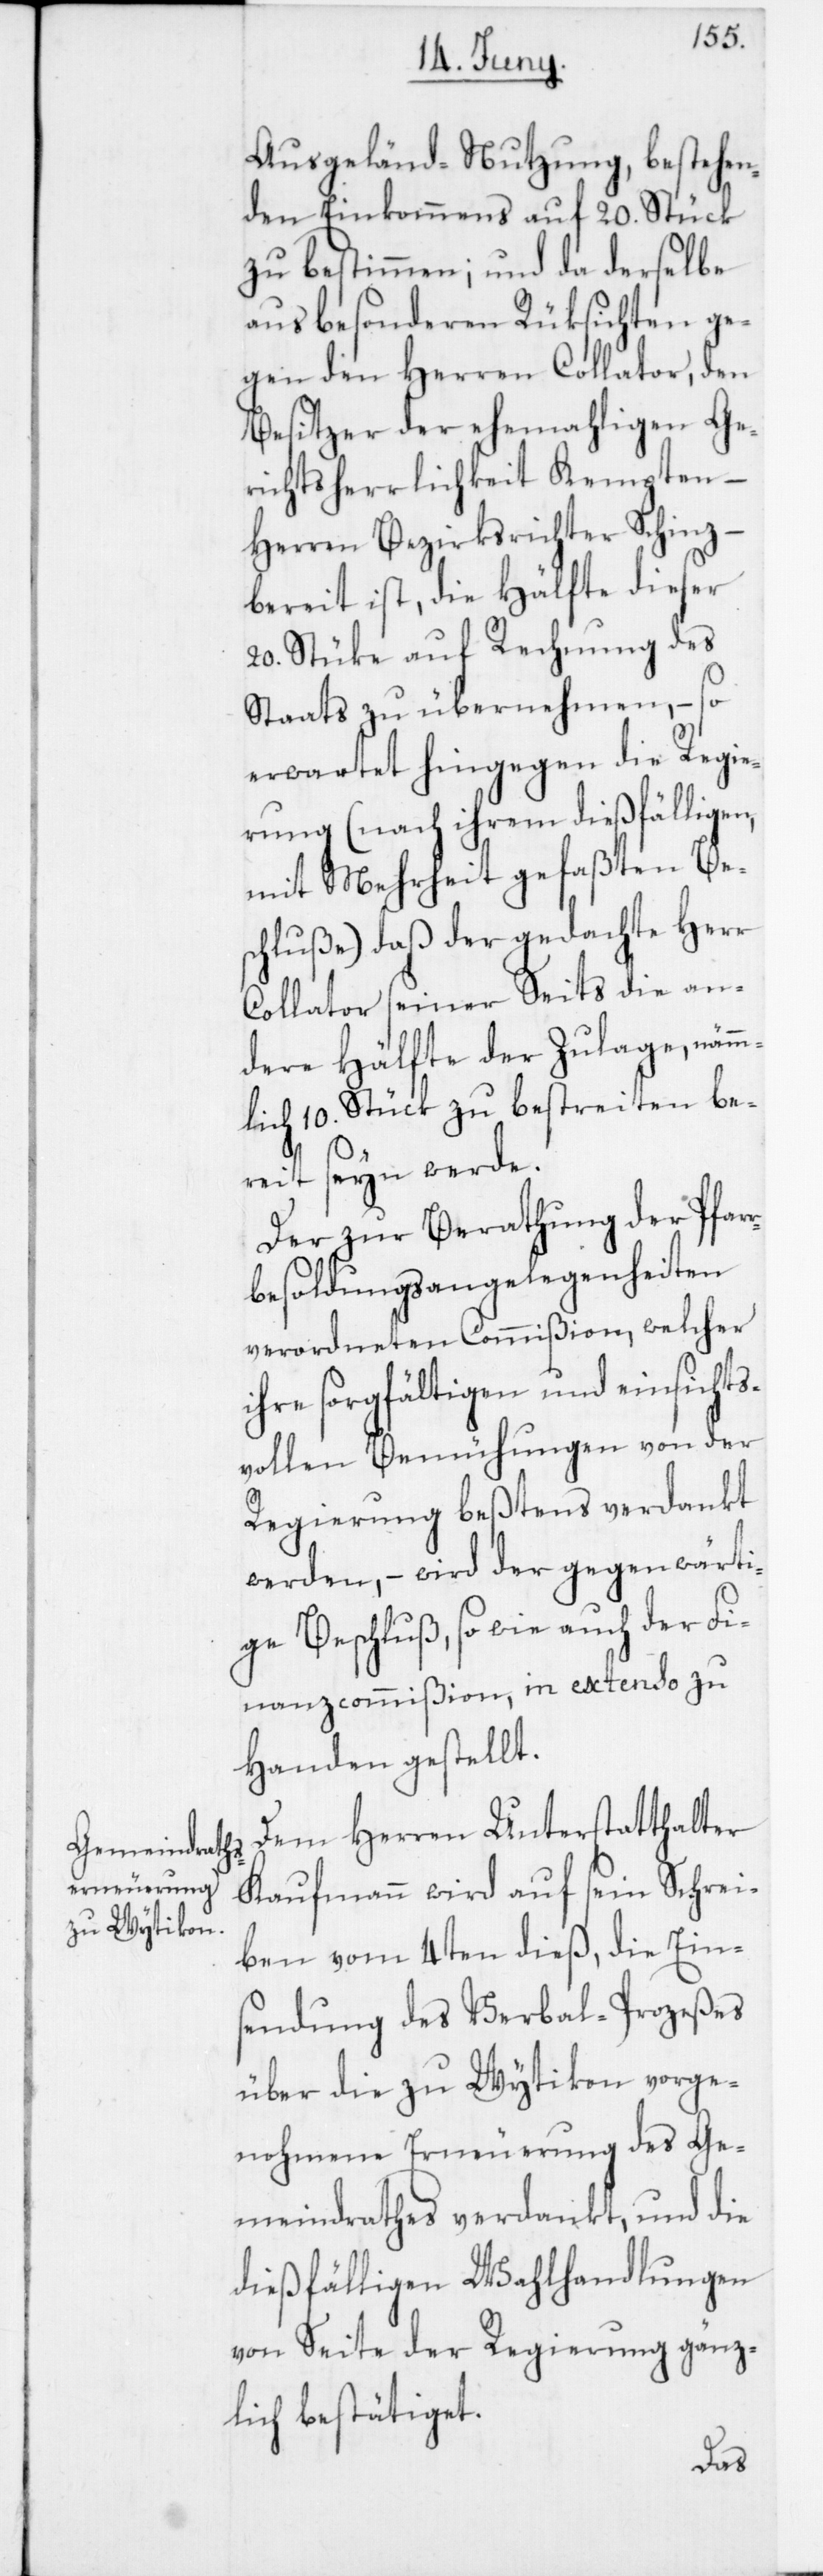
Ausgeländ-Nutzung bestehen¬
den Einkommens auf 20. Stück
zu bestimmen, und da derselbe
aus besonderen Rüksichten ge¬
gen den Herren Collator, den
Besitzer der ehemahligen Ge¬
richtsherrlichkeit Kempten,
Herren Bezirksrichter Schinz –
bereit ist, die Hälfte dieser
20. Stüke auf Rechnung des
Staats zu übernehmen, – so
erwartet hingegen die Regie¬
rung (nach ihren dießfälligen,
mit Mehrheit gefaßten Be¬
schluße), daß der gedachte Herr
Collator seiner Seits die an¬
dere Hälfte der Zulage, nämm¬
lich 10. Stück zu bestreiten be¬
reit seyn werde.
Der zur Berathung der Pfar¬
rbesoldungsangelegenheiten
verordneten Commißion, welcher
ihre sorgfältigen und einsichts¬
vollen Bemühungen von der
Regierung beßtens verdankt
werden, – wird der gegenwärti¬
ge Beschluß, sowie auch der Fi¬
nanzcommißion, in extenso zu
Handen gestellt.
Dem Herren Unterstatthalter
Kaufmann wird auf sein Schrei¬
ben vom 4ten dieß, die Eins¬
endung des Verbal-Prozeßes
über die zu Wytikon vorge¬
nohmene Erneuerung des Ge¬
meindrathes verdankt, und die
dießfälligen Wahlhandlungen
von Seite der Regierung gänz¬
lich bestätiget.